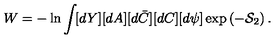
W = - \ln \int \! [ d Y ] [ d A ] [ d \bar { C } ] [ d C ] [ d \psi ] \exp \left( - \mathcal { S } _ { 2 } \right) .